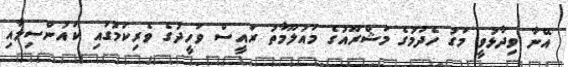
އޭނާ ވިދާޅުވީ މަގު ހެދުމުގެ މަޝްރޫއުގެ މައުލޫމާތު ރައީސް ވަހީދުގެ ވެރިކަމުގައި ކައުންސިލާއި